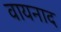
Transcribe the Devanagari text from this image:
वायनाद